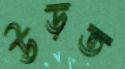
উড়ত